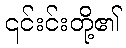
၎င်းင်းတို့၏